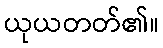
ယုယတတ်၏။